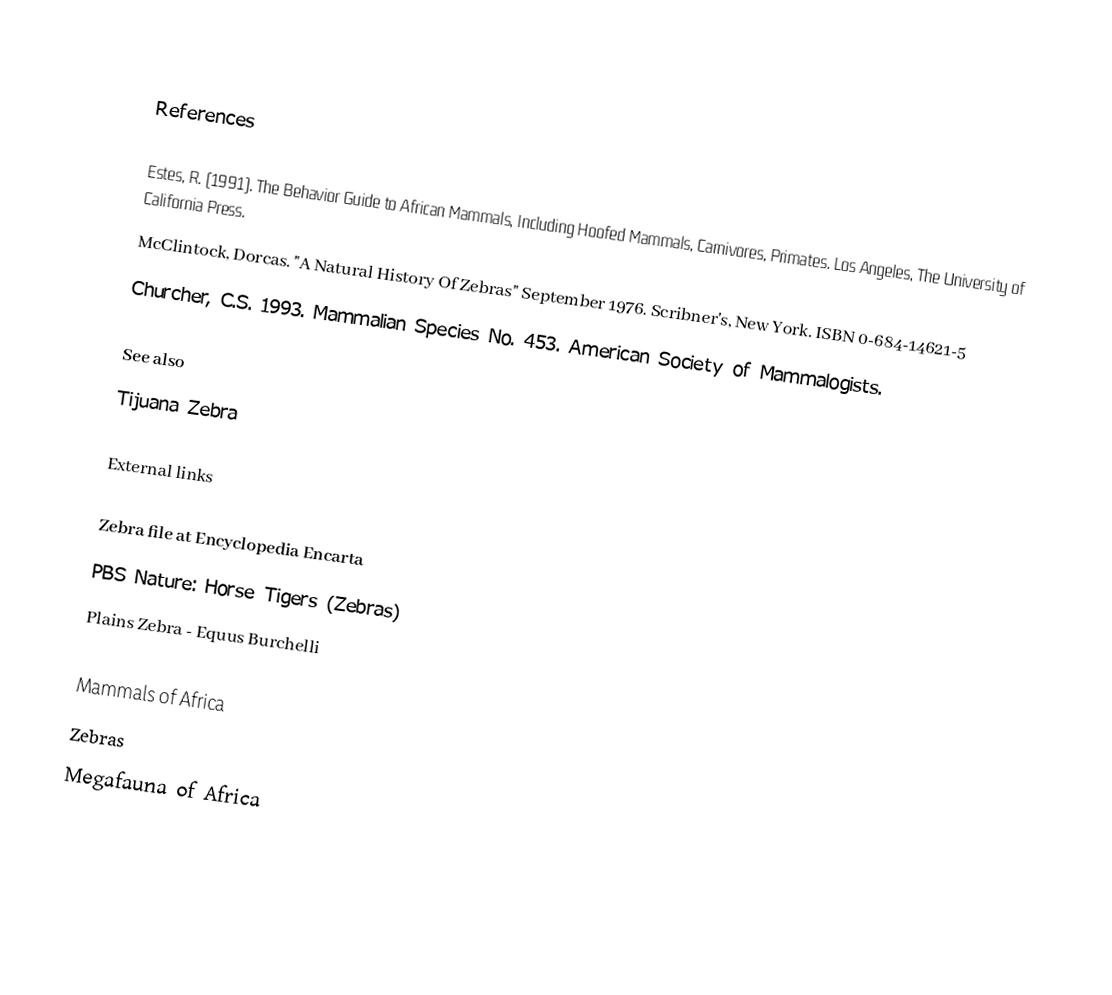

References

 Estes, R. (1991). The Behavior Guide to African Mammals, Including Hoofed Mammals, Carnivores, Primates. Los Angeles, The University of California Press.
 McClintock, Dorcas.  "A Natural History Of Zebras"  September 1976. Scribner's, New York.  ISBN 0-684-14621-5
 Churcher, C.S. 1993. Mammalian Species No. 453. American Society of Mammalogists.

See also
 Tijuana Zebra

External links

 Zebra file at Encyclopedia Encarta
 PBS Nature: Horse Tigers (Zebras)
 Plains Zebra - Equus Burchelli

Mammals of Africa
Zebras
Megafauna of Africa